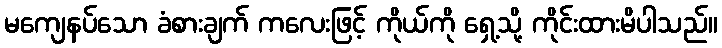
မကျေနပ်သော ခံစားချက် ကလေးဖြင့် ကိုယ်ကို ရှေ့သို့ ကိုင်းထားမိပါသည်။